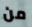
من